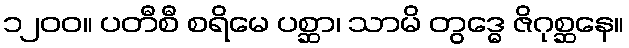
၁၂၀၀။ ပတီစီ စရိမေ ပစ္ဆာ၊ သာမိ တွဒ္ဓေ ဇိဂုစ္ဆနေ။